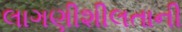
લાગણીશીલતાની